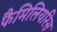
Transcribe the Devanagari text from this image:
फैमिलियरिस